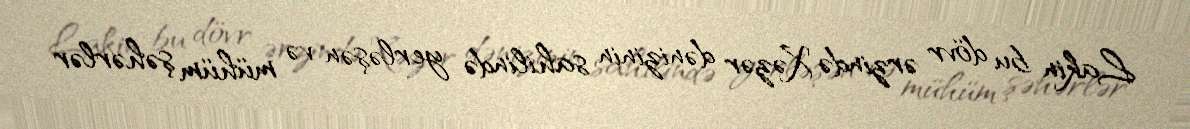
Lakin bu dövr ərzində Xəzər dənizinin sahilində yerləşən və mühüm şəhərlər